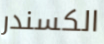
الكسندر